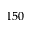
1 5 0